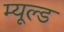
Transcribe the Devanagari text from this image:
म्यूल्ड